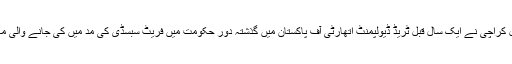
تفصیلات کے مطابق ایف آئی اے کرائم سرکل کراچی نے ایک سال قبل ٹریڈ ڈیولپمنٹ اتھارٹی آف پاکستان میں گذشتہ دور حکومت میں فریٹ سبسڈی کی مد میں کی جانے والی مالی بے قاعدگیوں کی تحقیقات کا آغاز کیا تھا۔